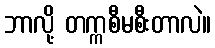
ဘာလို့ တက္ကစီမစီးတာလဲ။